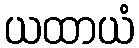
ယထာယံ